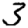
Digit: 3